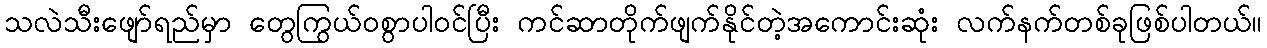
သလဲသီးဖျော်ရည်မှာ တွေကြွယ်ဝစွာပါဝင်ပြီး ကင်ဆာတိုက်ဖျက်နိုင်တဲ့အကောင်းဆုံး လက်နက်တစ်ခုဖြစ်ပါတယ်။